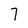
Character: 7